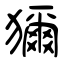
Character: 獮